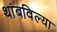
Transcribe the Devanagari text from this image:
थांबविल्या